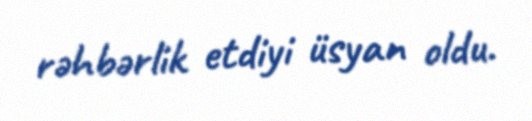
rəhbərlik etdiyi üsyan oldu.